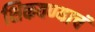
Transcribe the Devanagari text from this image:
शिकवण्याचं